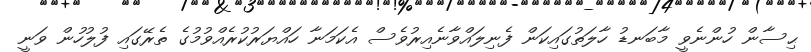
ޙިސާން ހުންނެވީ މާބަނޑު ހާލަތުގައިކަން ފެނިލައްވާނެއިރުވެސް އެކަމަނާ ހައްޔަރުކުރެއްވުމުގެ ތެރޭގައި ފުލުހުން ވަނީ